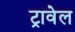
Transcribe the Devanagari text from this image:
ट्रावेल